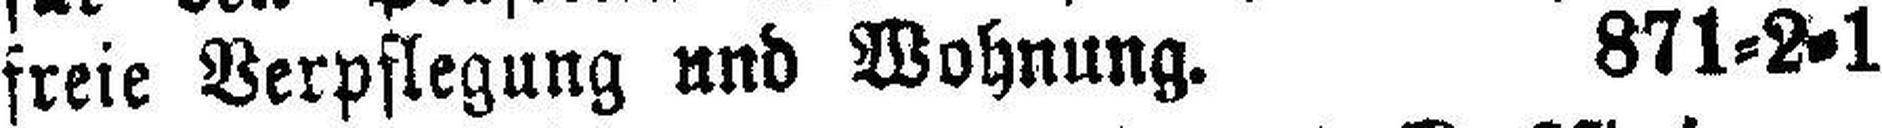
freie Verpflegung und Wohnung. 871=2=1